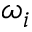
\omega _ { i }